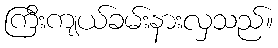
ကြီးကျယ်ခမ်းနားလှသည်။